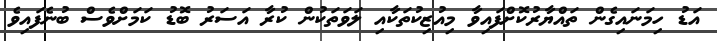
އަޑު ހިމަނައިގެން ތައްޔާރުކޮށްފައިވާ މިއުޒިކުތަކާއި ލަވަތަކުން ކުރާ އަސަރު ބޮޑު ކަމަށްވެސް ބުނެފައިވެ